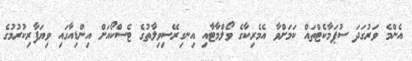
އެންމެ ވަރުގަދަ ސުޕަމާކެޓްތައް ކަމަށްވާ އެމެރިކާގެ ވޯލްމާޓާއި އިނގިރޭސިވިލާތުގެ ޓެސްކޯއަށް އިންޑިއާގައި ވިޔަފާރިކުރުމުގެ